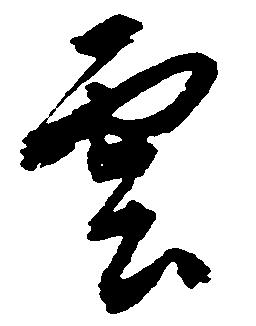
雲